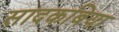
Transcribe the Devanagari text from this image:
सादकबिया